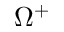
\Omega ^ { + }